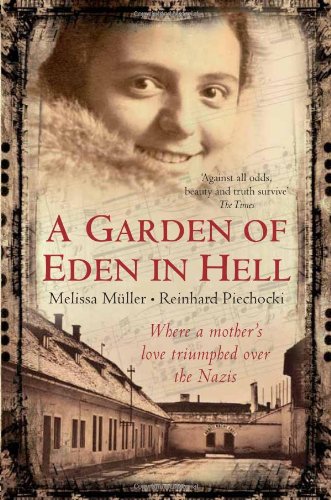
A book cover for A Garden of Eden in Hell: The Life of Alice Herz-Sommer; Melissa Muller; Biographies & Memoirs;